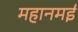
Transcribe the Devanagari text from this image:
महानमई